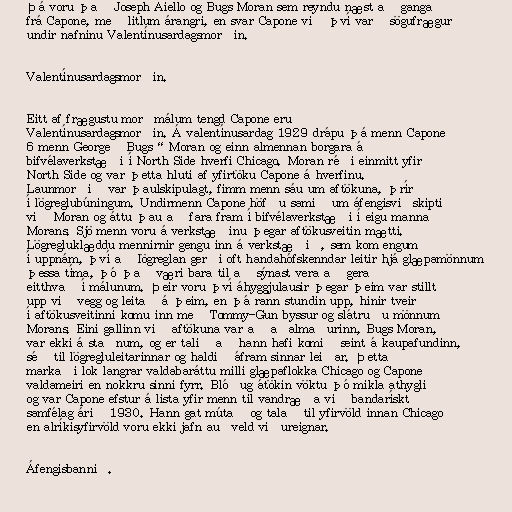
Þá voru það Joseph Aiello og Bugs Moran sem reyndu næst að ganga
frá Capone, með litlum árangri, en svar Capone við því varð sögufrægur
undir nafninu Valentínusardagsmorðin.

Valentínusardagsmorðin.

Eitt af frægustu morðmálum tengd Capone eru
Valentínusardagsmorðin. Á valentínusardag 1929 drápu þá menn Capone
6 menn George „Bugs“ Moran og einn almennan borgara á
bifvélaverkstæði í North Side hverfi Chicago. Moran réði einmitt yfir
North Side og var þetta hluti af yfirtöku Capone á hverfinu.
Launmorðið var þaulskipulagt, fimm menn sáu um aftökuna, þrír
í lögreglubúningum. Undirmenn Capone höfðu samið um áfengisviðskipti
við Moran og áttu þau að fara fram í bifvélaverkstæði í eigu manna
Morans. Sjö menn voru á verkstæðinu þegar aftökusveitin mætti.
Lögregluklæddu mennirnir gengu inn á verkstæðið, sem kom engum
í uppnám, því að lögreglan gerði oft handahófskenndar leitir hjá glæpamönnum
þessa tíma, þó það væri bara til að sýnast vera að gera
eitthvað í málunum. Þeir voru því áhyggjulausir þegar þeim var stillt
upp við vegg og leitað á þeim, en þá rann stundin upp, hinir tveir
í aftökusveitinni komu inn með Tommy-Gun byssur og slátruðu mönnum
Morans. Eini gallinn við aftökuna var að aðalmaðurinn, Bugs Moran,
var ekki á staðnum, og er talið að hann hafi komið seint á kaupafundinn,
séð til lögregluleitarinnar og haldið áfram sinnar leiðar. Þetta
markaði lok langrar valdabaráttu milli glæpaflokka Chicago og Capone
valdameiri en nokkru sinni fyrr. Blóðug átökin vöktu þó mikla athygli
og var Capone efstur á lista yfir menn til vandræða við bandarískt
samfélag árið 1930. Hann gat mútað og talað til yfirvöld innan Chicago
en alríkisyfirvöld voru ekki jafn auðveld viðureignar.

Áfengisbannið.